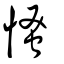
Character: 慅